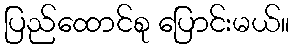
ပြည်ထောင်စု ပြောင်းမယ်။